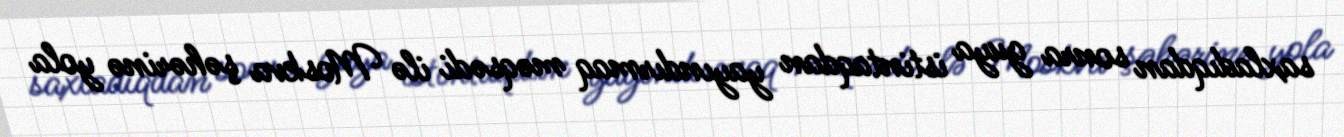
saxladıqdan sonra guya istintaqdan yayındırmaq məqsədi ilə Moskva şəhərinə yola